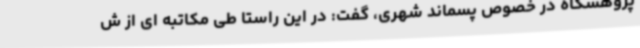
پژوهشگاه در خصوص پسماند شهری، گفت: در این راستا طی مکاتبه ای از ش